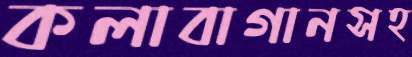
কলাবাগানসহ